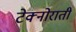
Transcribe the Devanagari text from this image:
टेक्नोराती